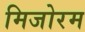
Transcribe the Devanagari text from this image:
मिजोरम